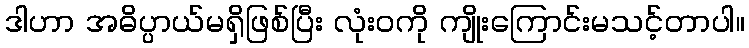
ဒါဟာ အဓိပ္ပာယ်မရှိဖြစ်ပြီး လုံးဝကို ကျိုးကြောင်းမသင့်တာပါ။